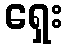
ရှေး